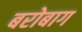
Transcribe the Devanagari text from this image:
बरोबाग